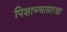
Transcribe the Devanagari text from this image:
पिशाच्चासारखा